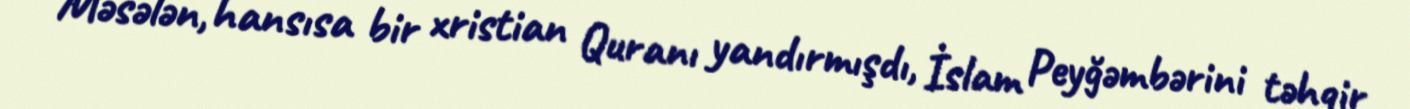
Məsələn, hansısa bir xristian Quranı yandırmışdı, İslam Peyğəmbərini təhqir